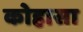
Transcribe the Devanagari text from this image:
कोहासा